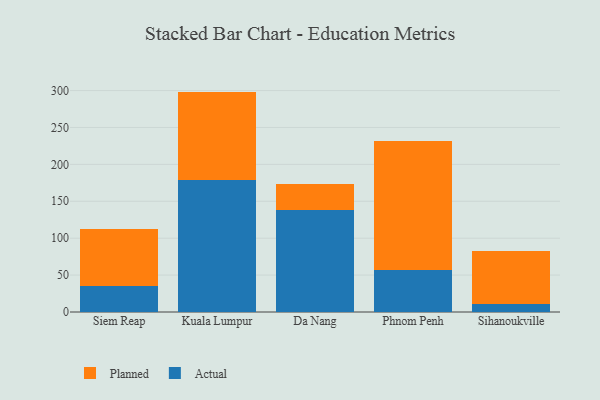
{"axis": {"x": "City", "y": "Backlog"}, "legend": ["Actual", "Planned"], "data": [{"x": "Siem Reap", "y": 34.9, "type": "Actual"}, {"x": "Siem Reap", "y": 77.3, "type": "Planned"}, {"x": "Kuala Lumpur", "y": 178.2, "type": "Actual"}, {"x": "Kuala Lumpur", "y": 120.4, "type": "Planned"}, {"x": "Da Nang", "y": 137.6, "type": "Actual"}, {"x": "Da Nang", "y": 35.9, "type": "Planned"}, {"x": "Phnom Penh", "y": 57.0, "type": "Actual"}, {"x": "Phnom Penh", "y": 175.2, "type": "Planned"}, {"x": "Sihanoukville", "y": 11.2, "type": "Actual"}, {"x": "Sihanoukville", "y": 71.9, "type": "Planned"}]}